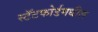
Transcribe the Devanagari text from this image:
स्टॅटफोर्डमधील